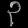
Digit: ၃